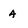
Character: A